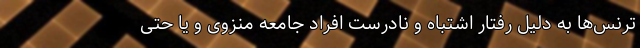
ترنس‌ها به دلیل رفتار اشتباه و نادرست افراد جامعه منزوی و یا حتی